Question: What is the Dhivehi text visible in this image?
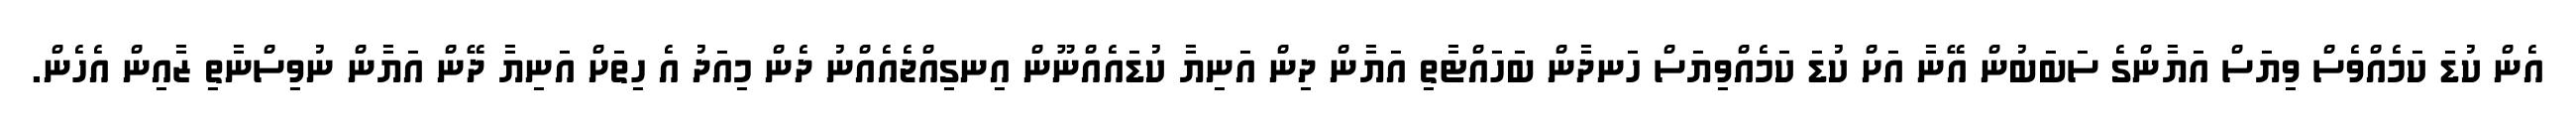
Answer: އެން ކުޑަ ކަމެއްވެސް ވިޔަސް އަޔާންގެ ސަބަބުން އޭނާ އަށް ކުޑަ ކަމެއްވިޔަސް ހަނދާން ބަހައްޓާތި އަޔާން ދިން އަނިޔާ ކުޑައެއްނޫން އިނގިއްޖެއެއްނު ދެން މިއަދު އެ ހިތަށް އަނިޔާ ދޭން އަޔާން ނުވިސްނާތި ޒާއިން އެހެން.